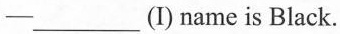
—（I) name is Black.